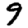
Digit: 9